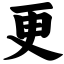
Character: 更